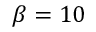
\beta = 1 0